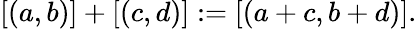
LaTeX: [(a,b)]+[(c,d)]:=[(a+c,b+d)].